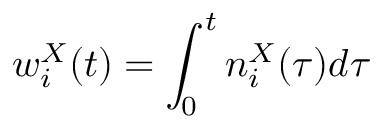
w _ { i } ^ { X } ( t ) = \int _ { 0 } ^ { t } n _ { i } ^ { X } ( \tau ) d \tau